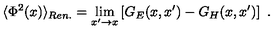
\langle \Phi ^ { 2 } ( x ) \rangle _ { R e n . } = \lim _ { x ^ { \prime } \to x } \left[ G _ { E } ( x , x ^ { \prime } ) - G _ { H } ( x , x ^ { \prime } ) \right] \ .